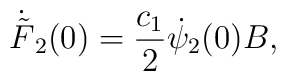
\dot{\tilde F}_2 (0) =  \frac{c_1}{2}\dot\psi_2(0)B,